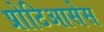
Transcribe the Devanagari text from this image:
प्रोटिआसेस